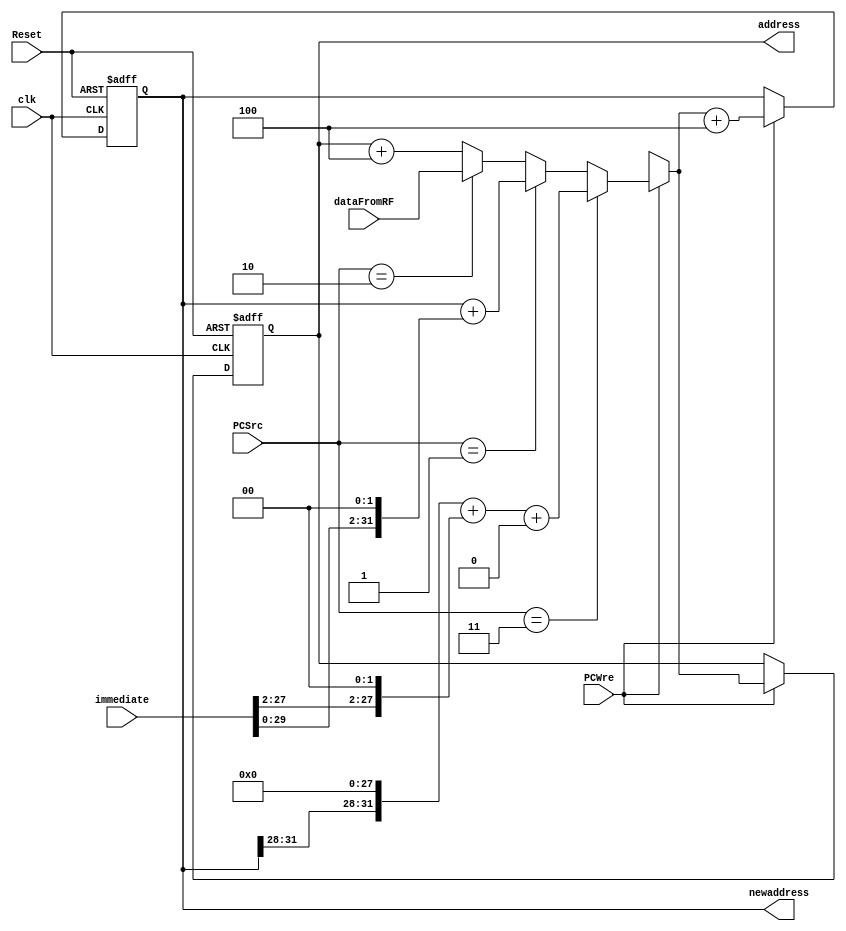
`timescale 1ns / 1ps
//////////////////////////////////////////////////////////////////////////////////
// Company: 
// Engineer: 
// 
// Design Name: 
// Module Name: PC
// Project Name: 
// Target Devices: 
// Tool Versions: 
// Description: 
// 
// Dependencies: 
// 
// Revision:
// Revision 0.01 - File Created
// Additional Comments:
// 
//////////////////////////////////////////////////////////////////////////////////

module PC(
    input clk, Reset, PCWre,
    input [1:0] PCSrc,  
    input [31:0] immediate,
    input [31:0] dataFromRF,
    output reg [31:0] newaddress,  
    output reg [31:0] address
    );  
    initial begin
        address = 0;
        newaddress = 4;
    end
    
    always @(posedge clk or negedge Reset)  //
    begin  
        if (Reset == 0) begin  
            address <= 0;  
            newaddress <= 4;
        end  
        else if (PCWre) begin
            if (PCSrc == 2'b11) begin  //j,jal
                address <= (newaddress[31:28]<<28)+(immediate[27:2]<<2)+2'b00; 
            end
            else if (PCSrc == 2'b01) begin  //beq or bne
                address <= newaddress + (immediate<<2);
            end
            else if (PCSrc == 2'b10) //jr
                address <= dataFromRF;
            else address = address + 4;
            newaddress <= address + 4;
        end  
    end  
endmodule